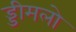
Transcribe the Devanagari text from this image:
ड्डीमलो